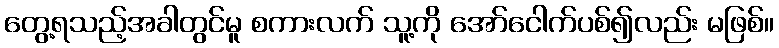
တွေ့ရသည့်အခါတွင်မူ စကားလက် သူ့ကို အော်ငေါက်ပစ်၍လည်း မဖြစ်။